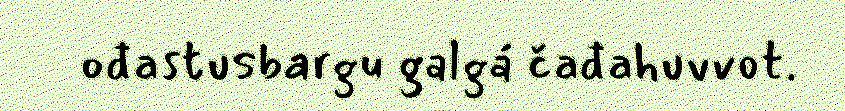
ođastusbargu galgá čađahuvvot.